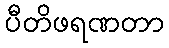
ပီတိဖရဏတာ